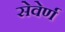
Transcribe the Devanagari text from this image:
सेवेर्ण